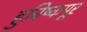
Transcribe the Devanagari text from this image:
हुविष्कपूर